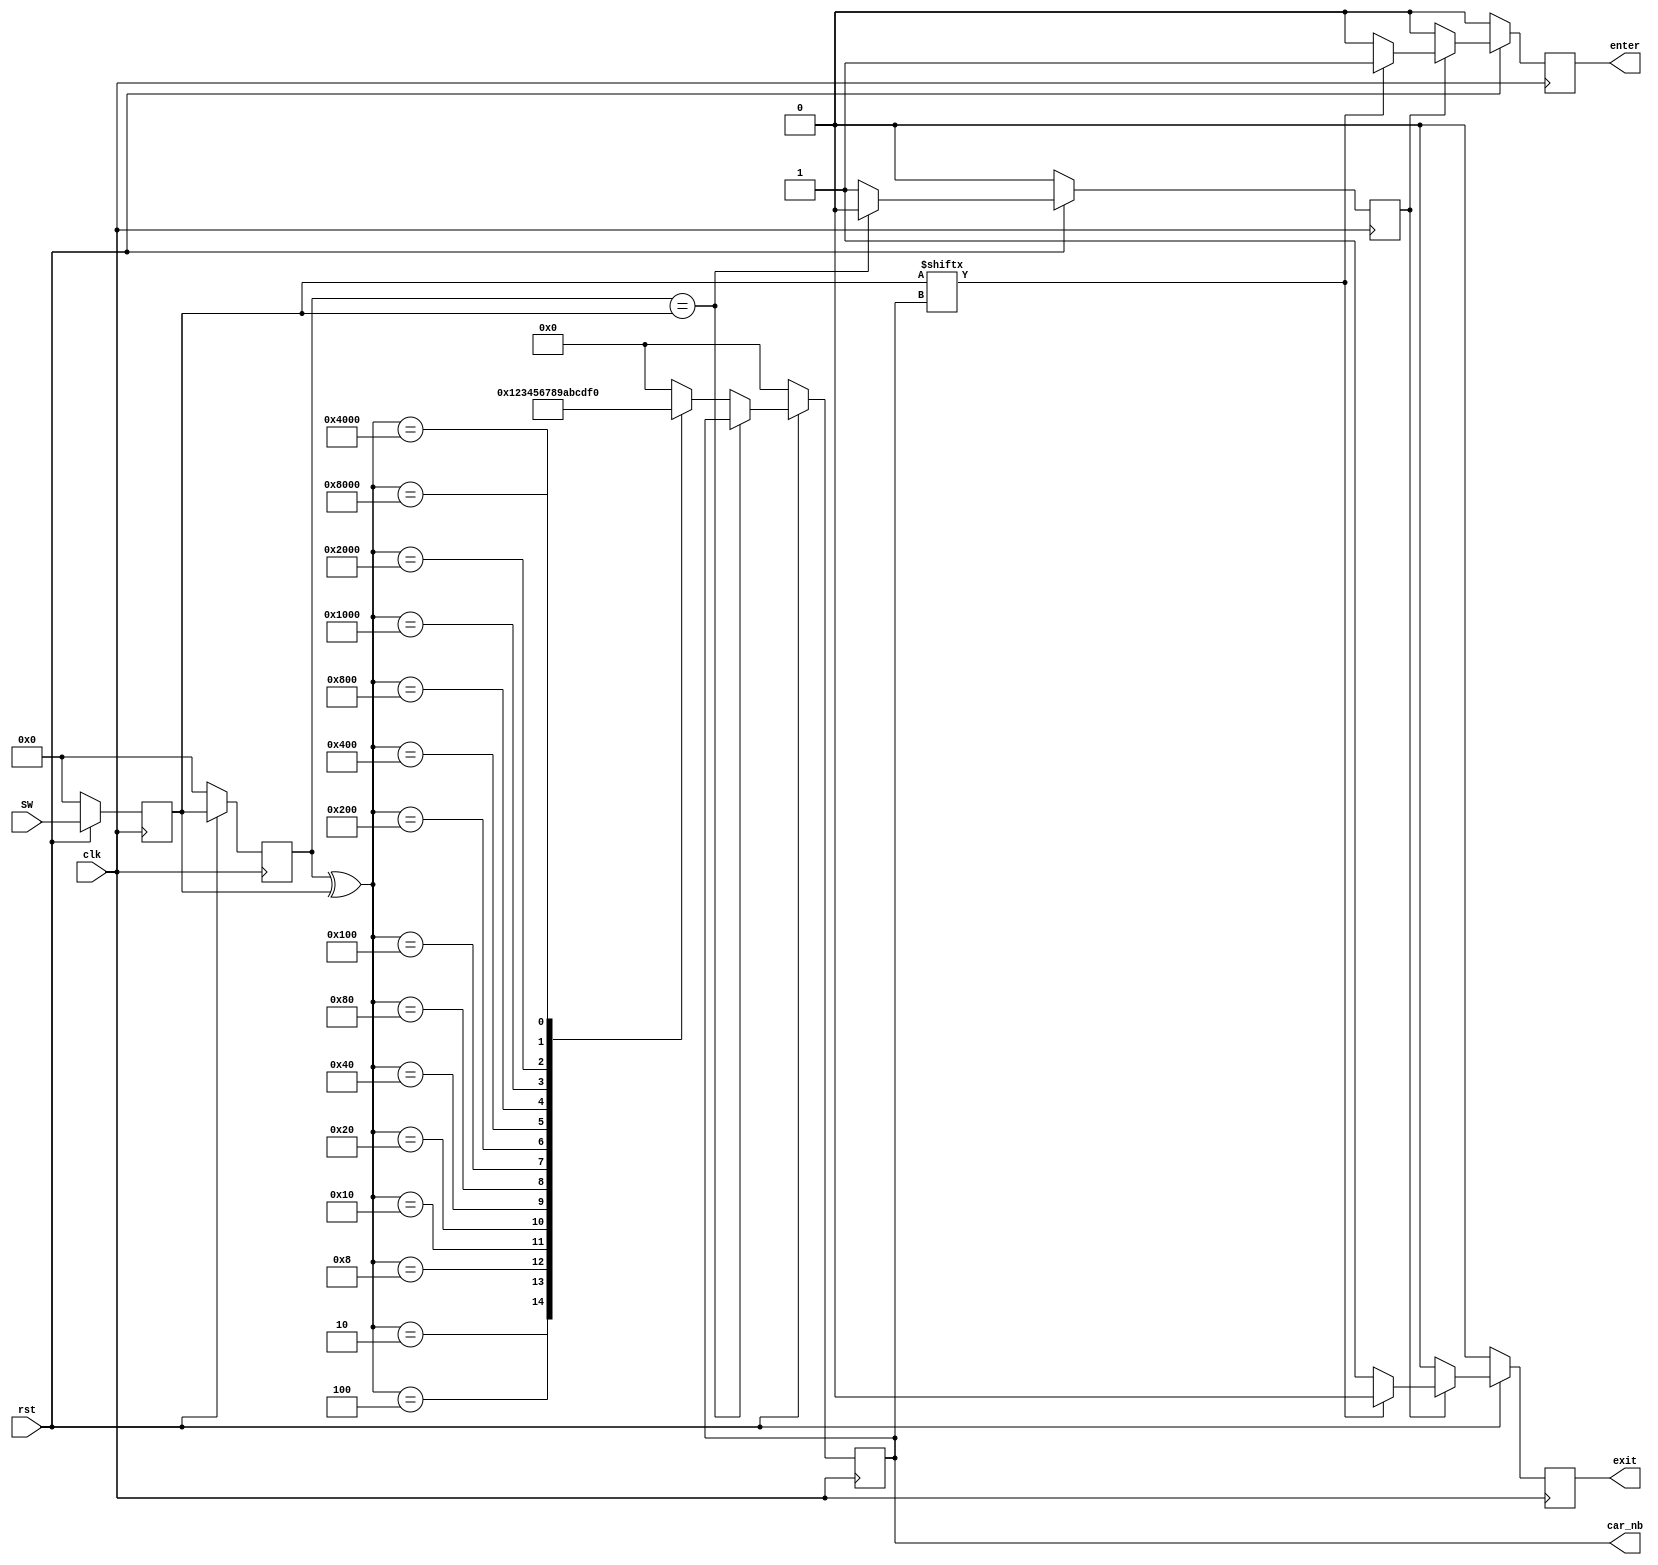
`timescale 1ns / 1ps
//////////////////////////////////////////////////////////////////////////////////
// Company: 
// Engineer: 
// 
// Design Name: 
// Module Name: readinput
// Project Name: 
// Target Devices: 
// Tool Versions: 
// Description: 
// 
// Dependencies: 
// 
// Revision:
// Revision 0.01 - File Created
// Additional Comments:
// 
//////////////////////////////////////////////////////////////////////////////////

module readinput(
    input clk, rst,
    input [15:0] SW,
    output wire [3:0] car_nb,
    output wire enter, exit
    );
    //switch 0:off, 1: on
    reg [3:0] car_nb_in;
    //reg enter,exit;
    reg diff2;
    reg [15:0] present;
    reg [15:0] past;
    reg enter_in, exit_in;
    wire diff;
    //reg [15:0] diff_location;
   // we don't use diff location any more. we use past^present right away

    always @(posedge clk) begin 
        if(!rst) begin
            present <=0;
            past<=0;
            
        end
        else begin
            present <= SW;
            past <= present; // ?? ? ?? flipflop? ???
            end    
    end
    assign diff = (past==present)? 0:1; //diff? ?? ?? 1??? 
    
    always @(posedge clk) begin
        if(!rst) diff2<=0;
        else diff2<=diff;
    end
    always @(posedge clk) begin
        if(!rst) begin
            exit_in<=1'b0;
            enter_in<=1'b0;
        end
        else if(diff2) begin
            if(present[car_nb_in]) begin
                 enter_in<=1'b1;
                 exit_in<=1'b0;
            end
            else begin
                exit_in<=1'b1;
                enter_in<=1'b0;
            end 
        end   
        else begin
            exit_in<=1'b0;
            enter_in<=1'b0;
        end
    end

//    always@(negedge SW[car_nb]) begin
//        if (SW[car_nb]==0) exit_in<=1'b1;
//        else exit_in<=1'b0;
//    end
    always@(posedge clk) begin
        if(!rst) begin 
        car_nb_in <=0;
        // enter_in<=0; 
       // exit_in<=0;
        end
        else if(diff) begin
             //diff_location <= past^present; //xor? ??? ??? ???. ^ ? bitwise ????
            case(past^present)
                16'b0000000000000001: car_nb_in <= 'b0000; //??? ??? 4bit ? 0~15 ??? ???
                16'b0000000000000010: car_nb_in <= 'b0001;
                16'b0000000000000100: car_nb_in <= 'b0010;
                16'b0000000000001000: car_nb_in <= 'b0011;
                16'b0000000000010000: car_nb_in <= 'b0100;
                16'b0000000000100000: car_nb_in <= 'b0101;
                16'b0000000001000000: car_nb_in <= 'b0110;
                16'b0000000010000000: car_nb_in <= 'b0111;
                16'b0000000100000000: car_nb_in <= 'b1000;
                16'b0000001000000000: car_nb_in <= 'b1001;        
                16'b0000010000000000: car_nb_in <= 'b1010;
                16'b0000100000000000: car_nb_in <= 'b1011;        
                16'b0001000000000000: car_nb_in <= 'b1100;
                16'b0010000000000000: car_nb_in <= 'b1101;
                16'b0100000000000000: car_nb_in <= 'b1110;
                16'b1000000000000000: car_nb_in <= 'b1111;
                default: car_nb_in <='b0000;
            endcase
            
//            if(present[car_nb]==0)begin //1? ??? enter
//                 enter_in<=0; 
//                 exit_in<=1;
//            end
//            else begin
//                 enter_in<=1; 
//                 exit_in<=0;
//            end

      end
//      else begin //present? past? ???
//              enter_in<=0;
//              exit_in<=0;
//      end     
                                     
      end
//we assign enter, exit, enter_car_nb, exit_car_nb with combinational always block
// to prevent time delay of clock. it is still okay since car_nb does not change until SW //changes.


assign car_nb = car_nb_in; 
assign enter = enter_in;
assign exit = exit_in;
    
endmodule